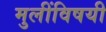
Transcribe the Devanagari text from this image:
मुलींविषयी